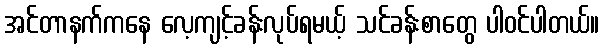
အင်တာနက်ကနေ လေ့ကျင့်ခန်းလုပ်ရမယ့် သင်ခန်းစာတွေ ပါဝင်ပါတယ်။